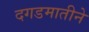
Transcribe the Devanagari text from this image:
दगडमातीने